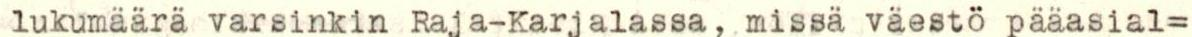
lukumäärä varsinkin Raja-Karjalassa, missä väestö pääasial=